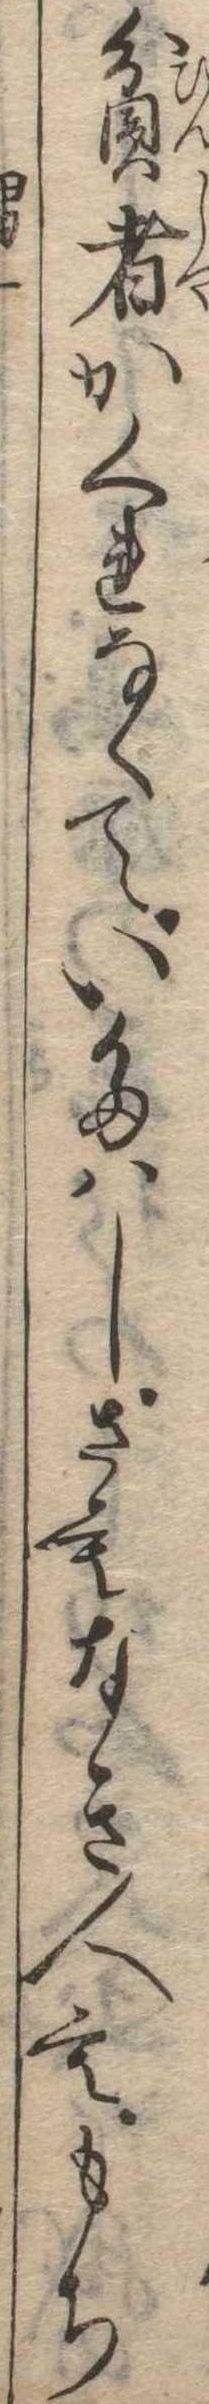
貧者かくれなくていたはしさもなき人ももち